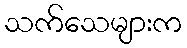
သက်သေများက